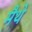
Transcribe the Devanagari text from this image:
मैथे